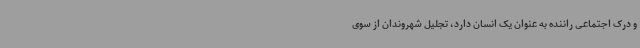
و درک اجتماعی راننده به عنوان یک انسان دارد، تجلیل شهروندان از سوی